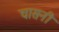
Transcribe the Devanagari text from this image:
चासनी